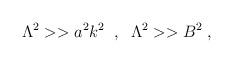
LaTeX: \begin{align*}\Lambda^2 >> a^2 k^2 \;\;, \;\; \Lambda^2 >> B^2 \;,\end{align*}